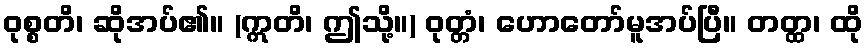
ဝုစ္စတိ၊ ဆိုအပ်၏။ (ဣတိ၊ ဤသို့။) ဝုတ္တံ၊ ဟောတော်မူအပ်ပြီ။ တတ္ထ၊ ထို